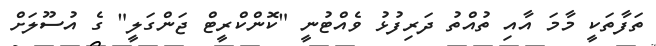
ތަފާތަކީ މާމަ އާއި ތުއްތު ދަރިފުޅު ވެއްޓުނީ "ކޮންކްރީޓް ޖަންގަލީ" ގެ އުސޫލަށް